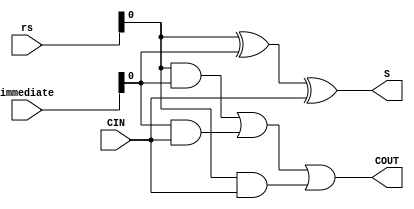
`timescale 1ns / 1ps
//////////////////////////////////////////////////////////////////////////////////
// Company: 
// Engineer: 
// 
// Design Name: 
// Module Name: mbledhesi1bitI
// Project Name: 
// Target Devices: 
// Tool Versions: 
// Description: 
// 
// Dependencies: 
// 
// Revision:
// Revision 0.01 - File Created
// Additional Comments:
// 
//////////////////////////////////////////////////////////////////////////////////



module mbledhesi1bitI(
    input[15:0] rs, // A
    input[15:0] immediate, // mB
input CIN,
output COUT,
output S
    );
    wire teli1Dhe,teli2Dhe,teli3Dhe;
assign S=rs^immediate^CIN;
assign teli1Dhe=rs&immediate;
assign teli2Dhe=immediate&CIN;
assign teli3Dhe=rs&CIN;
assign COUT=teli1Dhe | teli2Dhe|teli3Dhe;
endmodule